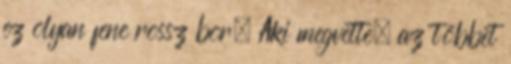
ez olyan fene rossz bor. Aki megvette, az többet